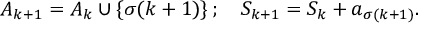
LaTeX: A _ { k + 1 } = A _ { k } \cup \{ \sigma ( k + 1 ) \} \, ; \quad S _ { k + 1 } = S _ { k } + a _ { \sigma ( k + 1 ) } .